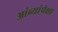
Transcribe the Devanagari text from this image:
आंब्यांपेक्षा